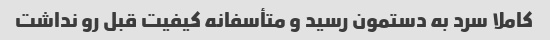
کاملا سرد به دستمون رسید و متأسفانه کیفیت قبل رو نداشت